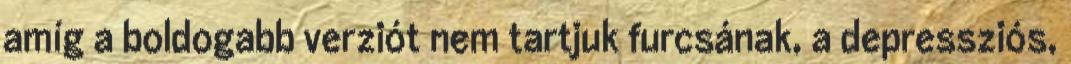
amíg a boldogabb verziót nem tartjuk furcsának, a depressziós,